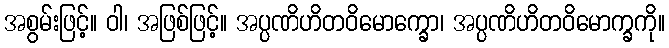
အစွမ်းဖြင့်။ ဝါ၊ အဖြစ်ဖြင့်။ အပ္ပဏိဟိတဝိမောက္ခော၊ အပ္ပဏိဟိတဝိမောက္ခကို။